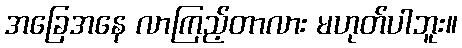
အခြေအနေ လာကြည့်တာလား မဟုတ်ပါဘူး။